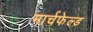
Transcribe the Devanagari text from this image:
मार्चफेल्ड